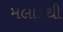
મલાડથી